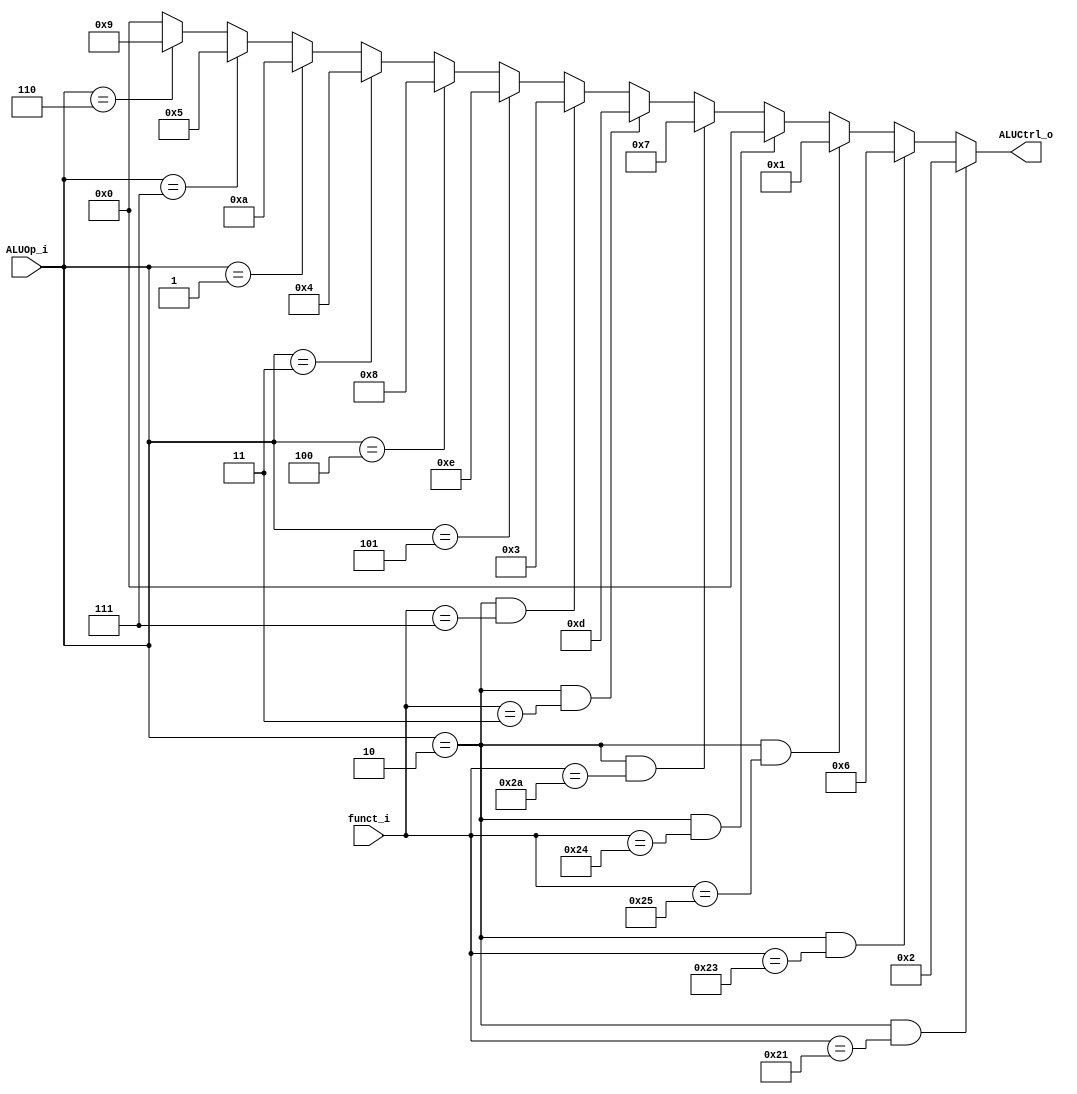
//Subject:     CO project 2 - ALU Controller
//--------------------------------------------------------------------------------
//Version:     1
//--------------------------------------------------------------------------------
//Writer:      
//----------------------------------------------
//Date:        
//----------------------------------------------
//Description: 
//--------------------------------------------------------------------------------

module ALU_Ctrl(
          funct_i,
          ALUOp_i,
          ALUCtrl_o
          );
          
//I/O ports 
input      [6-1:0] funct_i;
input      [3-1:0] ALUOp_i;

output     [4-1:0] ALUCtrl_o;    
     
//Internal Signals
wire        [4-1:0] ALUCtrl_o;

//Parameter

//Select exact operation

// 010 => R-type
// 100 => addi
// 011 => beq
// 111 => slti
// 101 => lui
// 110 => ori
// 001 => bne

assign ALUCtrl_o = (ALUOp_i == 3'b010 && funct_i == 6'b100001)? 4'b0010: //addu 2
                   (ALUOp_i == 3'b010 && funct_i == 6'b100011)? 4'b0110: //subu 6 
                   (ALUOp_i == 3'b010 && funct_i == 6'b100101)? 4'b0001: //or     1
                   (ALUOp_i == 3'b010 && funct_i == 6'b100100)? 4'b0000: //and  0
                   (ALUOp_i == 3'b010 && funct_i == 6'b101010)? 4'b0111: //slt    7
                   (ALUOp_i == 3'b010 && funct_i == 6'b000011)? 4'b1101: //sra  13
                   (ALUOp_i == 3'b010 && funct_i == 6'b000111)? 4'b0011: //srav 3
                   (ALUOp_i == 3'b101)? 4'b1110: //LUI                                                14
                   (ALUOp_i == 3'b100)? 4'b1000:  //addi                                               8
                   (ALUOp_i == 3'b011)? 4'b0100:  //beq                                                4
                   (ALUOp_i == 3'b001)? 4'b1010:  //bne                                              10
                   (ALUOp_i == 3'b111)? 4'b0101:  //sltiu                                               5
                   (ALUOp_i == 3'b110)? 4'b1001 : 4'b0000;//ORI                              9
endmodule